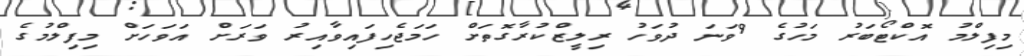
މިފިލްމު އޮކްޓޯބަރު މަހުގެ 9ވަނަ ދުވަހު ރިލީޒްކުރާގޮތަށް ހަމަޖެހިފައިވާއިރު ވަރަށް އަވަހަށް މިފިލްމުގެ